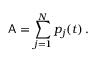
\mathsf { A } = \sum _ { j = 1 } ^ { N } p _ { j } ( t ) \, .